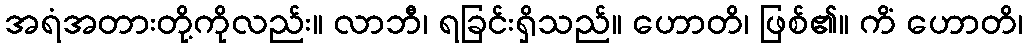
အရံအတားတို့ကိုလည်း။ လာဘီ၊ ရခြင်းရှိသည်။ ဟောတိ၊ ဖြစ်၏။ ကိံ ဟောတိ၊